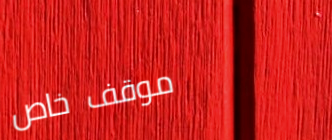
موقف خاص